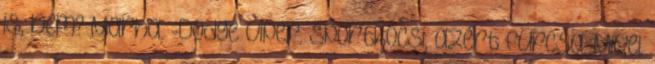
is, nem? Marha. -Dodge viper. Sportkocsi, azért furcsa. Mivel